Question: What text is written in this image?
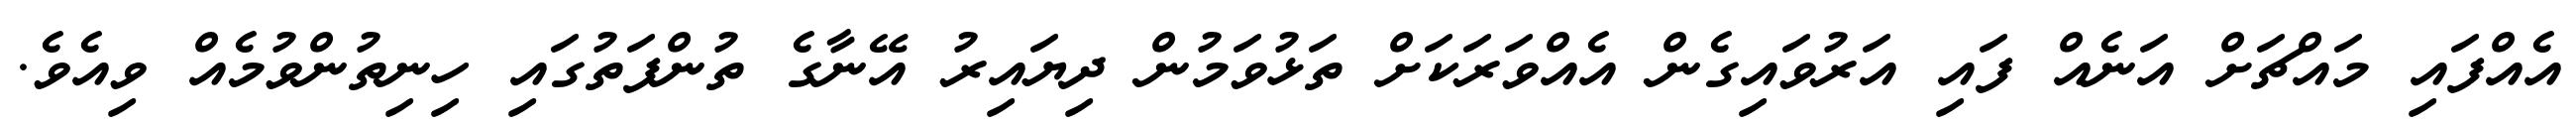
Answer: އެއްފައި މައްޗަށް އަނެއް ފައި އަރުވައިގެން އެއްވަރަކަށް ތަޅުވަމުން ދިޔައިރު އޭނާގެ ތުންފަތުގައި ހިނިތުންވުމެއް ވިއެވެ.